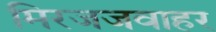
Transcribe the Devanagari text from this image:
मिरजजवाहर